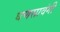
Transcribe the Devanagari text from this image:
घणसावंगी